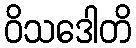
ဝိသဒေါတိ